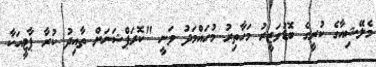
މެލޭޝިއާގެ ކުރީގެ ބޮޑުވަޒީރު މަހާތިރު މުހައްމަދު ވަނީ "ކޮރަޕްޝަނަށް ތާއިދު ކުރާ ޕާޓީއަކާ